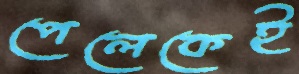
পেলেকেই